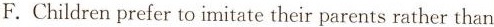
F.Children prefer to imitate their parents rather than